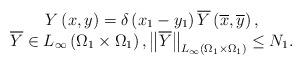
LaTeX: \begin{align*}\left. \begin{array}{c}Y\left( x,y\right) =\delta \left( x_{1}-y_{1}\right) \overline{Y}\left( \overline{x},\overline{y}\right) , \\ \overline{Y}\in L_{\infty }\left( \Omega _{1}\times \Omega_{1}\right) ,\left\Vert \overline{Y}\right\Vert _{L_{\infty}\left( \Omega _{1}\times \Omega _{1}\right) }\leq N_{1}.\end{array}\right. \end{align*}